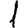
Digit: 1